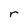
Character: r